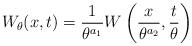
LaTeX: \begin{align*}W_{\theta}(x,t)=\frac{1}{\theta^{a_1}}W\left(\frac{x}{\theta^{a_2}},\frac{t}{\theta}\right)\end{align*}